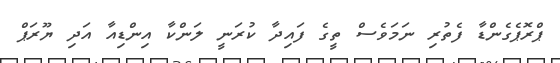
ޕްރޮޕެގެންޑާ ފެތުރި ނަމަވެސް ތީގެ ފައިދާ ކުރަނީ ލަންކާ އިންޑިއާ އަދި ޔޫރަޕް